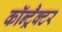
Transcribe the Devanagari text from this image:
कॉन्ट्रैक्टर